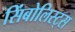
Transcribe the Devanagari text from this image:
सिंबोलिस्ट्स